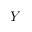
Y